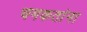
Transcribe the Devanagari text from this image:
चमकतांना